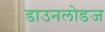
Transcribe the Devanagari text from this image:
डाउनलोडज